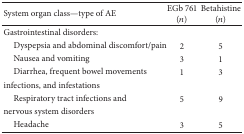
<table><thead><tr><td><b>System organ class—type of AE</b></td><td><b>EGb 761 (<i>n</i>)</b></td><td><b>Betahistine(<i>n</i>)</b></td></tr></thead><tbody><tr><td>Gastrointestinal disorders:</td><td> </td><td> </td></tr><tr><td> Dyspepsia and abdominal discomfort/pain</td><td>2</td><td>5</td></tr><tr><td> Nausea and vomiting</td><td>3</td><td>1</td></tr><tr><td> Diarrhea, frequent bowel movements infections, and infestations</td><td>1</td><td>3</td></tr><tr><td> Respiratory tract infections and nervous system disorders</td><td>5</td><td>9</td></tr><tr><td> Headache</td><td>3</td><td>5</td></tr></tbody></table>